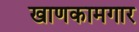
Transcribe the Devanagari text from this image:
खाणकामगार